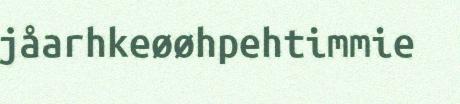
jåarhkeøøhpehtimmie